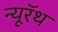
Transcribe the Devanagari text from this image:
न्यूरॅथ